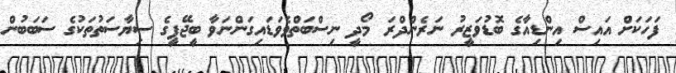
ފަހަކަށް އައިސް އިންޑިއާގެ ބޮޑުވަޒީރު ނަރެންދްރަ މޯދީ ނިސްބަތްވެވަޑައިގަންނަވާ ބީޖޭޕީގެ ސިޔާސަތުތަކުގެ ސަބަބުން